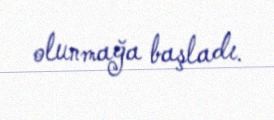
olunmağa başladı.